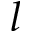
l